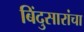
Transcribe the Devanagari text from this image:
बिंदुसारांचा